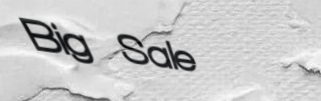
Big Sale